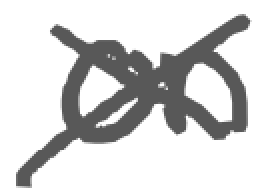
Text: on
Cross-out: cross
Writing tool: digital_gray